Medical and sanitary report of the native army of Bengal for the year
Year: 1874
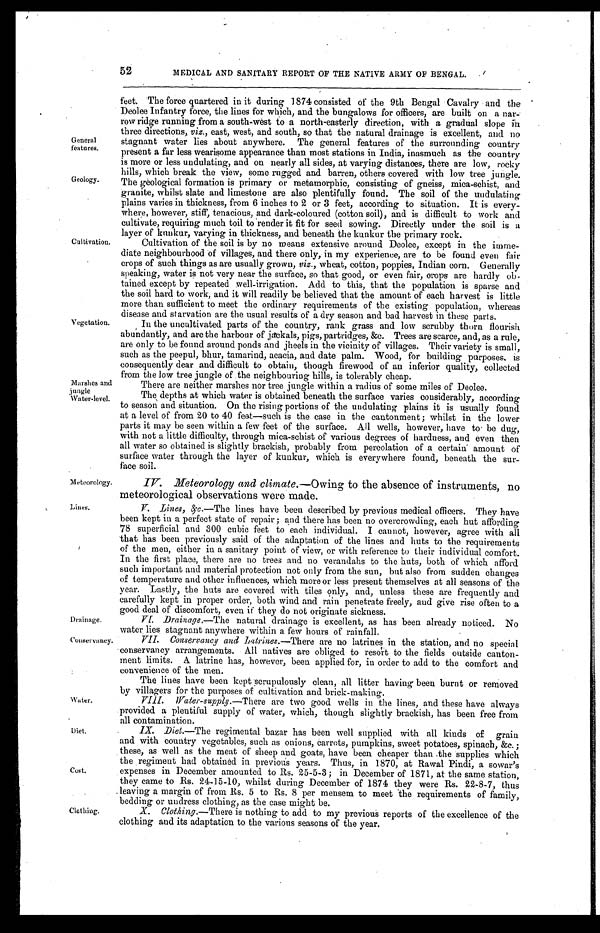
Drainage.
Conservancy.
52
MEDICAL AND SANITARY REPORT OF THE NATIVE ARMY OF BENGAL.
General
features.
Geology.
Cultivation,
Vegetation.
Marshes and
jungle
\Vater-level.
Meteorology.
feet. The force quartered in it during 1874 consisted of the 9th Bengal Cavalry and the
Deolee Infantry force, the lines for which, and the bungalows for officers, are built on a nar
row ridge running from a south-west to a north-easterly direction, with a gradual slope
three directions, viz., east, west, and south, so that the natural drainage is excellent, and no
stagnant water lies about anywhere. The general features of the surrounding country
present a far less wearisome appearance than most stations in India, inasmuch as the country
is more or less undulating, and on nearly all sides, at varying distances, there are low, rocky
hills, which break the view, some r ugged and barren, others covered with low tree jungle.
The geological formation is primary or metamorphic, consisting of gneiss, mica-schist, and
granite, whilst slate and limestone are also plentifully found. The soil of the undulating
plains varies in thickness, from 6 inches to 2 or 3 feet, according to situation. It is every-
where, however, stiff, tenacious, and dark-coloured (cotton soil), and is difficult to work and
cultivate, requiring much toil to render it fit for seed sowing. Directly under the soil is a
laver of kunkur, varying in thickness, and beneath the kunkur the primary rock.
Cultivation of the soil is by no means extensive around Deolee, except in the imme-
diate neighbourhood of villages, and there only, in my experience, are to be found even fair
crops of such things as are usually grown, viz., wheat, cotton, poppies, Indian corn. Generally
speaking, water is not very near the surface, so that good, or even fair, crops are hardly ob-
tained except by repeated well-irrigation. Add to this, that the population is sparse and
the soil hard to work, and it will readily be believed that the amount of each harvest is little
more than sufficient to meet the ordinary requirements of the existing population, whereas
disease and starvation are the usual results of a dry season and bad harvest in these parts.
In the uncultivated parts of the country, rank grass and low scrubby thorn flourish
abundantly, and are the harbour of jackals, pigs, partridges, &c. Trees are scarce, and, as a rule,
are only to be found around ponds and jheels in the vicinity of villages. Their variety is small,
such as the peepul, bhur, tamarind, acacia, and date palm. Wood, for building purposes, is
consequently dear and difficult to obtain, though firewood of an inferior quality, collected
from the low tree jungle of the neighbouring hills, is tolerably cheap.
There are neither marshes nor tree jungle within a radius of some miles of Deolee.
The depths at which water is obtained beneath the surface varies considerably, according
to season and situation. On the rising portions of the undulating plains it is usually found
at a level of from 20 to 40 feat—such is the case in the cantonment; whilst in the lower
parts it may be seen within a few feet of the surface. All wells, however, have to be dug,
with not a little difficulty, through mica-schist of various degrees of hardness, and even then
all water so obtained is slightly brackish, probably from percolation of a certain amount of
surface water through the layer of kunkur, which is everywhere found, beneath the sur-
face soil.
IV. Meteorology and climate.— Owing to the absence of instruments, no
meteorological observations were made.
Lines.
Water.
Diet.
Cost.
Clothing.
V. Lines, &c.—The lines have been described by previous medical officers. They have
been kept in a perfect state of repair ; and there has been no overcrowding, each hut affording
78 superficial and 300 cubic feet to each individual. I cannot, however, agree with all
that has been previously said of the adaptation of the lines and huts to the requirements
of the men, either in a sanitary point of view, or with reference to their individual comfort.
In the first place, there are no trees and no verandahs to the huts, both of which afford
such important and material protection not only from the sun, but also from sudden changes
of temperature and other influences, which more or less present themselves at all seasons of the
year. Lastly, the huts are covered with tiles only, and, unless these are frequently and
carefully kept in proper order, both wind and rain penetrate freely, and give rise often to a
good deal of discomfort, even if they do not originate sickness.
VI. Drainage,—The natural drainage is excellent, as has been already noticed. No
water lies stagnant anywhere within a few hours of rainfall.
VII. Conservancy and Latrines.— There are no latrines in the station, and no special
conservancy arrangements. All natives are obliged to resat to the fields outside canton-
ment limits. A latrine has, however, been applied for, in order to add to the comfort and
convenience of the men.
The lines have been kept scrupulously clean, all litter having been burnt or removed
by villagers for the purposes of cultivation and brick-making.
VIII. Water-supply.—There are two good wells in the lines, and these have always
provided a plentiful supply of water, which, though slightly brackish, has been free from
all contamination.
IX. Diet.—The regimental bazar has been well supplied with all kinds of grain
and with country vegetables, such as onions, carrots, pumpkins, sweet potatoes, spinach, &C. ;
these, as well as the meat of sheep and goats, have been cheaper than the supplies which
the regiment had obtained in previous years. Thus, in 1870, at Rawal Pindi, a sowar's
expenses in December amounted to Rs. 25-5-3 ; in December of 1871, at the same station,
they came to Rs. 24-15-10, whilst during December of 1874 they were Rs. 22-8-7, thus
leaving a margin of from Rs. 5 to Rs. 8 per mensem to meet the requirements of family,
bedding or undress clothing, as the case might be.
X. Clothing.—There is nothing to add to my previous reports of the excellence of the
clothing and its adaptation to the various seasons of the year.